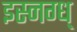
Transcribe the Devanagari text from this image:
इस्नग्ध्